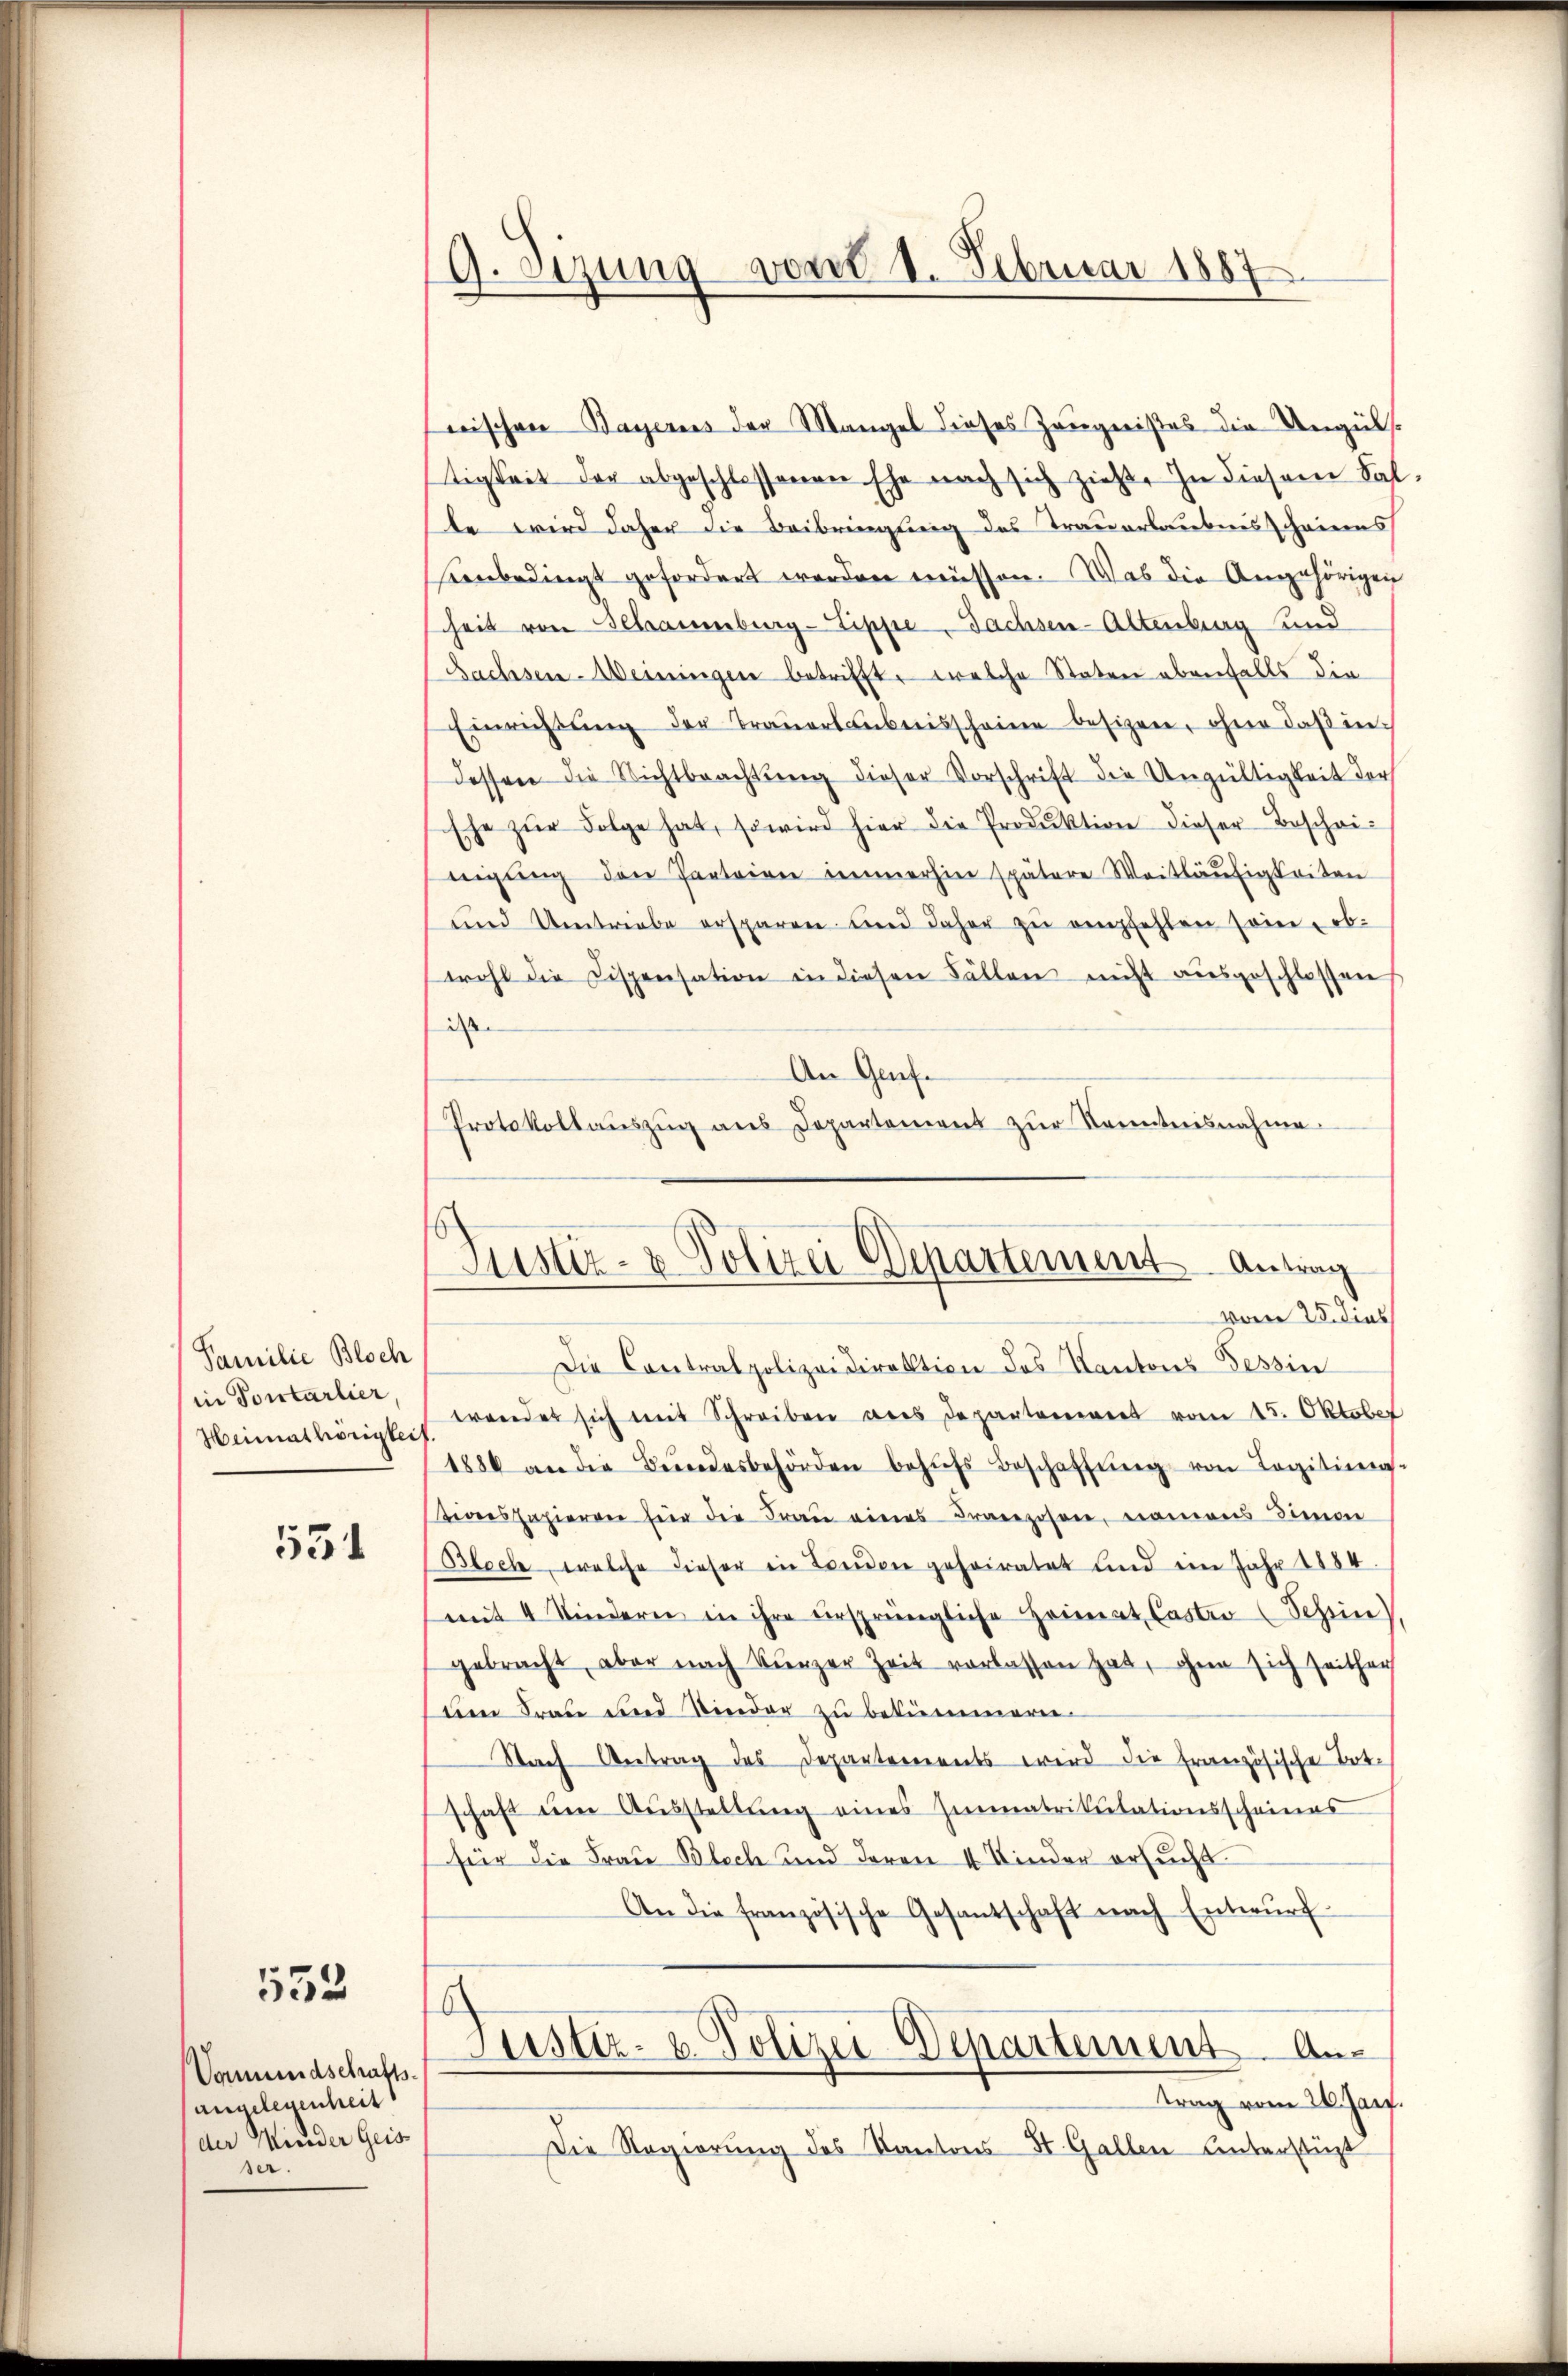
Familie Bloch
in Portarlier,
Heimathörigkei

531

552

Vommendschafts-
angelegenheit
der Nieder Geisser.

9. Sizung von 1. Februar 1887

Justiz- & Polizei Departement Antrag

wischen Bayernes der Mangel dieses Zeugnißes die Ungüls.
tigkeit der abgeschlossenen Ehe nach sich zieht. In diesem Fal
te wird daher die Beibringung des Trauerlaubnisscheines
senbedingt gefordert werden müssen. Was die Angehörigen
heit von Schraumburg-Sippe Sachsen-Altenburg und
Sachsen-Weiningen betrifft, welche Staten ebenfalls die
Einrichtŭng der Braŭerlauberisscheine besizen, ohne daß in
dessen die Nichtbeachtŭng dieser Vorschrift die Ungültigkeit der
Ehe zŭr Folge hat, so wird hier die Produktion dieser Bescheinigŭng den Parteien immerhin spätere Weitläŭfigkeiten
und Umtriebe ersparen und daher zŭ empfehlen sein, ob-
wohl die Dispensation in diesen Fällen nicht ausgeschlossen
i
An Genf.
Protokollaŭszŭg ans Departement zŭr Kenntnisnahme.
vom 25. dies
Die Contralpolizeidirektion des Kantons Tessin
wendet sich mit Schreiben des Departenwert vom 15. Oktober
1880 an die Bŭndesbehörden behŭfs Beschaffŭng von Legitimas-
iverspapierrer hier die Frau eines Franzosen, namens Senon
Blech, welche dieser in London geheiratet und in Jahr 1884.
mit 4 Kindern in ihre ursprüngliche Heimat Caster (Schein)
gebracht, aber nach kurzer Zeit vorlassen hat, ohne sich seither
den Frau und Kinder zu bekümmern.
Nach Antrag des Departements wird die französische Tote
schaft eine Ausstellung eines Immatrikulationsscheines
für die Frau Blech und deren 4 Kinder ersucht.
An die französische Gesantschaft nach Entwŭrf
6
Justiz- & Polizei-Departement Antrag vom 26. Jarf.
Die Regierŭng des Kantons St. Gallen Unterstüzt